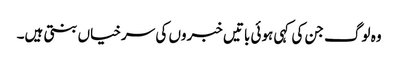
وہ لوگ جن کی کہی ہوئی باتیں خبروں کی سرخیاں بنتی ہیں۔